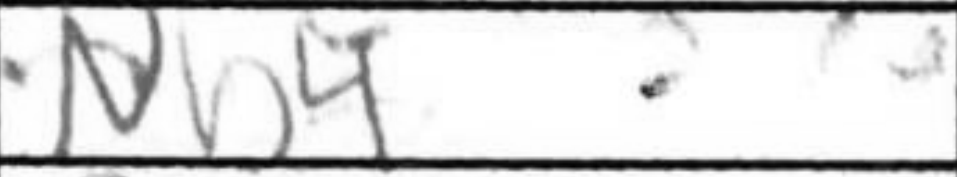
Transcription: Nb4